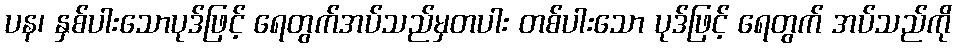
ပန၊ နှစ်ပါးသောပုဒ်ဖြင့် ရေတွက်အပ်သည်မှတပါး တစ်ပါးသော ပုဒ်ဖြင့် ရေတွက် အပ်သည်ကို